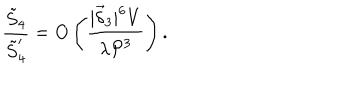
LaTeX: \frac { \tilde { S } _ { 4 } } { \tilde { S } _ { 4 } ^ { \prime } } = O \left( \frac { | \vec { \delta } _ { 3 } | ^ { 6 } V } { \lambda { \cal P } ^ { 3 } } \right) .